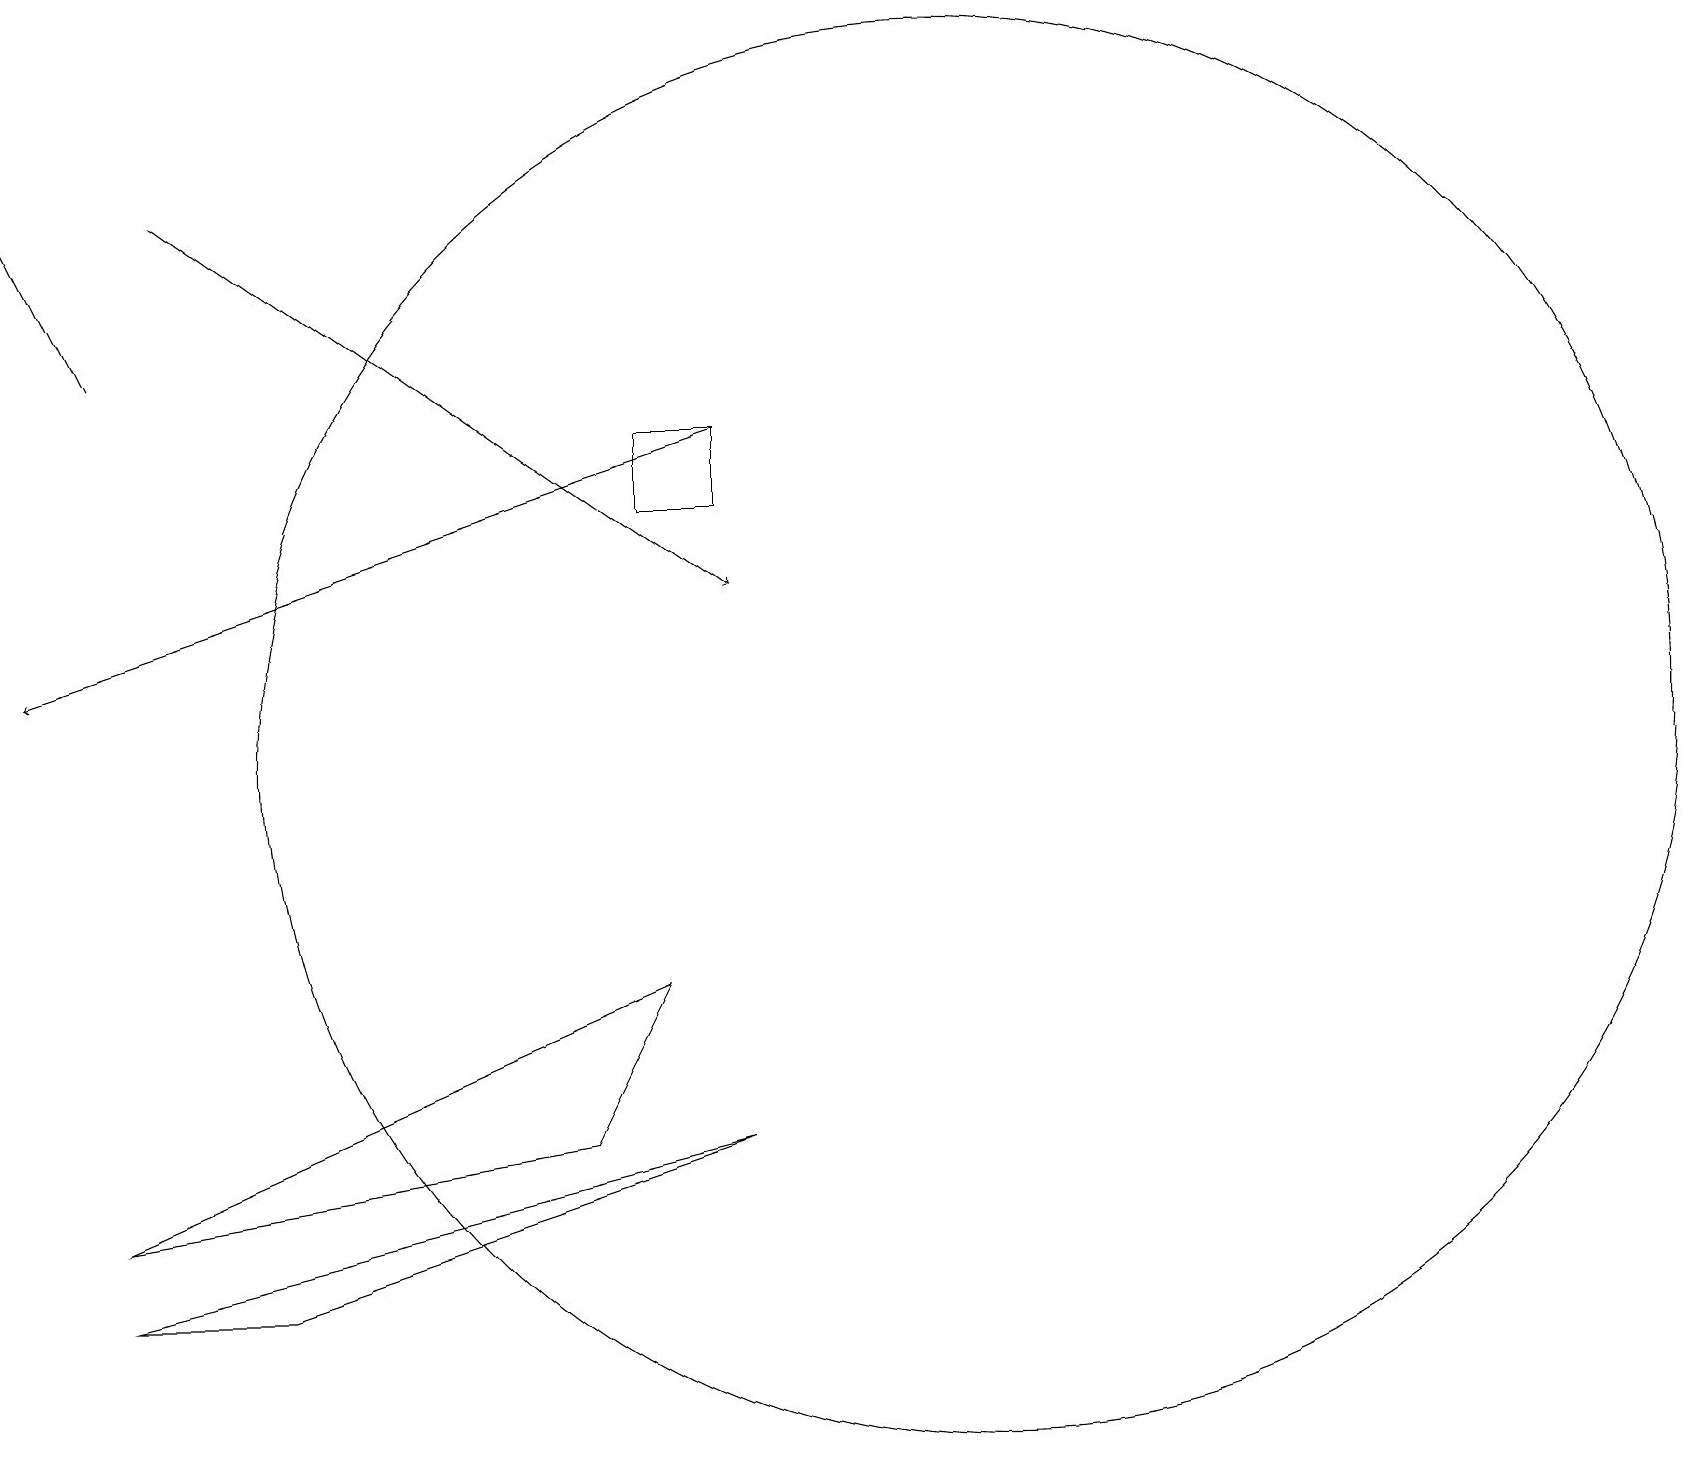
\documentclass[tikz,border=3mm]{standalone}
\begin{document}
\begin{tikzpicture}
\draw (3,3) -- (9,5) -- (1,3) -- cycle;
\draw[->] (2,17) -- (9,12);
\draw (12,10) circle (9);
\draw (8,7) -- (1,4) -- (7,5) -- cycle;
\draw[->] (1,15) -- (0,17);
\draw[->] (9,14) -- (0,11);
\draw (9,13) rectangle (8,14);
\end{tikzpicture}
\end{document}